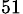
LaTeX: _{51}